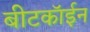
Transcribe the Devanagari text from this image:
बीटकॉईन